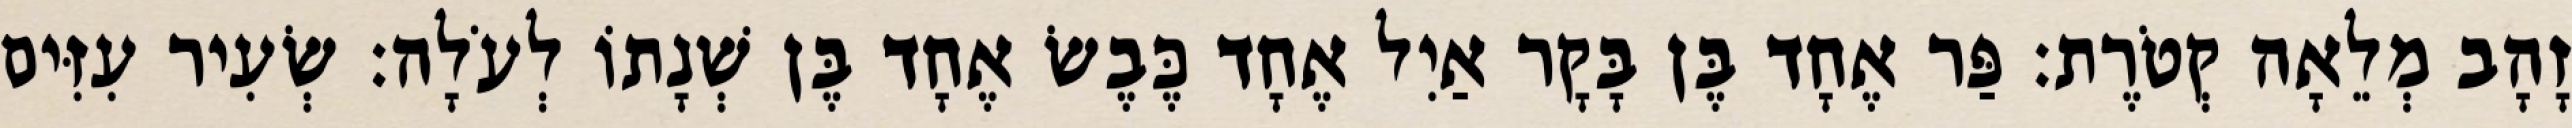
זָהָב מְלֵאָה קְטֹרֶת׃ פַּר אֶחָד בֶּן בָּקָר אַיִל אֶחָד כֶּבֶשׂ אֶחָד בֶּן שְׁנָתוֹ לְעֹלָה׃ שְׂעִיר עִזִּים